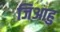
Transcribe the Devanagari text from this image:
जिआहु